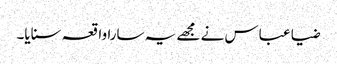
ضیا عباس نے مجھے یہ سارا واقعہ سنایا۔